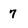
Character: 7